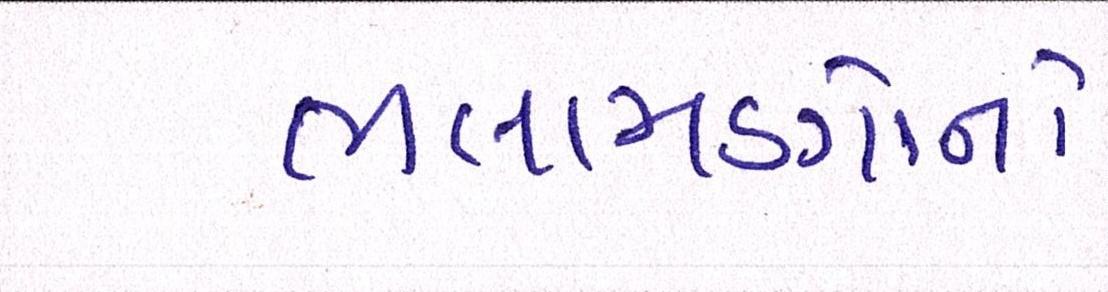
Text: ભલામણોનો